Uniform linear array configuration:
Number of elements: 24
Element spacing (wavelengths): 0.25
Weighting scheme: blackman
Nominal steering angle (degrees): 15
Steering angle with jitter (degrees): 15.649
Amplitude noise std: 0.05
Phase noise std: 0.05

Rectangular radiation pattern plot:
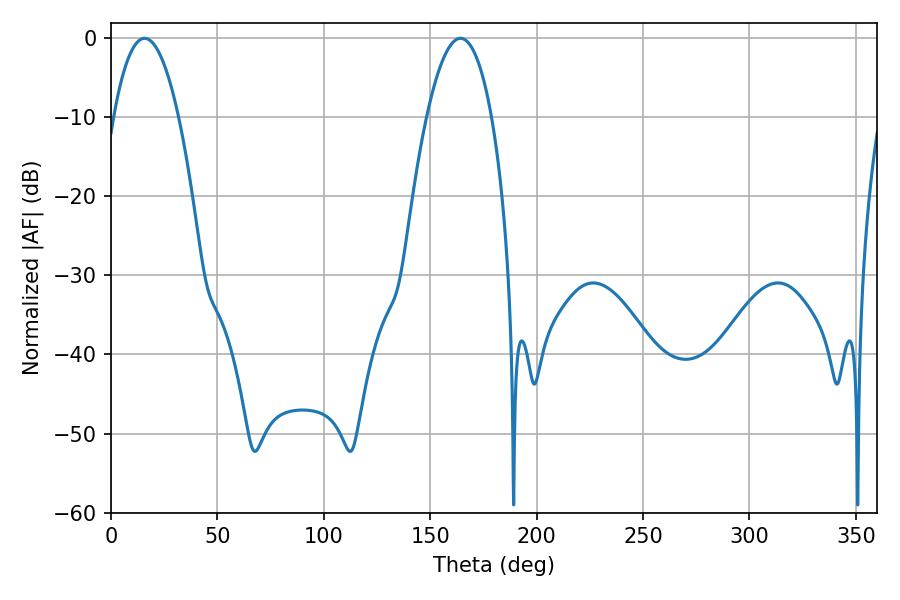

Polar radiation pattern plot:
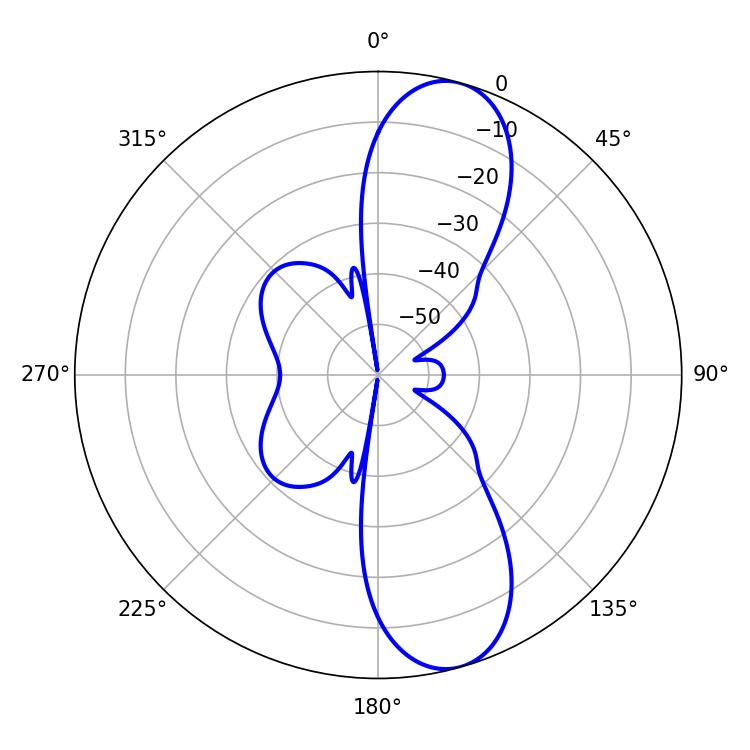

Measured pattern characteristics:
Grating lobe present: FALSE
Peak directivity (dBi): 10.609
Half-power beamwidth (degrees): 16.92
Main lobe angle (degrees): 15.84